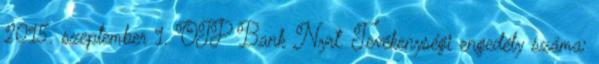
2015. szeptember 1. OTP Bank Nyrt. Tevékenységi engedély száma: